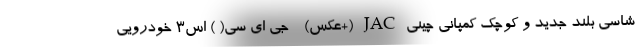
شاسی بلند جدید و کوچک کمپانی چینی JAC (+عکس) - جی ای سی( ) اس3 خودرویی